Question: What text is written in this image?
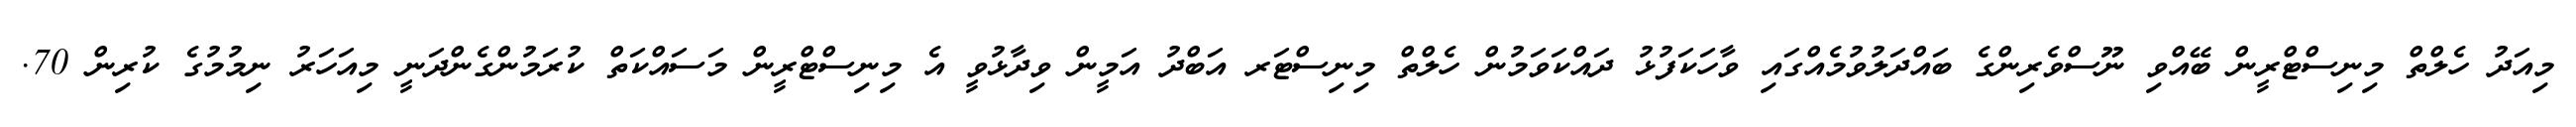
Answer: މިއަދު ހެލްތް މިނިސްޓްރީން ބޭއްވި ނޫސްވެރިންގެ ބައްދަލުވުމެއްގައި ވާހަކަފުޅު ދައްކަވަމުން ހެލްތް މިނިސްޓަރ އަބްދު އަމީން ވިދާޅުވީ އެ މިނިސްޓްރީން މަސައްކަތް ކުރަމުންގެންދަނީ މިއަހަރު ނިމުމުގެ ކުރިން 70.